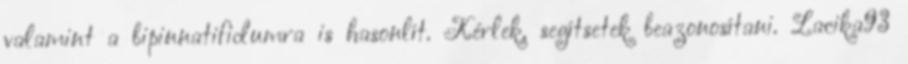
valamint a bipinnatifidumra is hasonlít. Kérlek, segítsetek beazonosítani. Lacika93